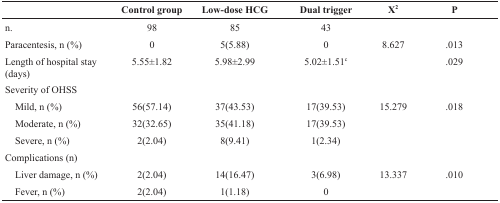
|  | Control group | Low-dose HCG | Dual trigger | X2 | P |
 | --- | --- | --- | --- | --- | --- |
 | n. | 98 | 85 | 43 |  |  |
 | Paracentesis, n (%) | 0 | 5(5.88) | 0 | 8.627 | .013 |
 | Length of hospital stay (days) | 5.55±1.82 | 5.98±2.99 | 5.02±1.51c |  | .029 |
 | <COLSPAN=6> Severity of OHSS |
 | Mild, n (%) | 56(57.14) | 37(43.53) | 17(39.53) | 15.279 | .018 |
 | Moderate, n (%) | 32(32.65) | 35(41.18) | 17(39.53) | <COLSPAN=2>  |
 | Severe, n (%) | 2(2.04) | 8(9.41) | 1(2.34) | <COLSPAN=2>  |
 | <COLSPAN=6> Complications (n) |
 | Liver damage, n (%) | 2(2.04) | 14(16.47) | 3(6.98) | 13.337 | .010 |
 | Fever, n (%) | 2(2.04) | 1(1.18) | 0 | <COLSPAN=2>  |